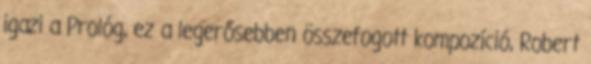
igazi a Prológ, ez a legerősebben összefogott kompozíció, Robert